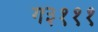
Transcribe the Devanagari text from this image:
ग३१११